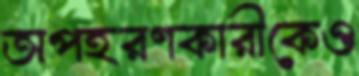
অপহরণকারীকেও